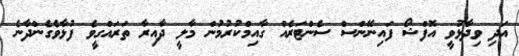
އަދި ވިދާޅުވީ އޮފްޝޯ ފައިނޭންސް ސެންޓަރެއް ގާއިމްކުރުމުން މާލީ ދާއިރާ ތަރައްގީވެ ފުޅާވެގެންދާނެ